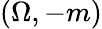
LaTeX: \left(\Omega,-m\right)